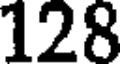
128